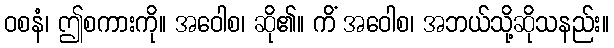
ဝစနံ၊ ဤစကားကို။ အဝေါစ၊ ဆို၏။ ကိံ အဝေါစ၊ အဘယ်သို့ဆိုသနည်း။